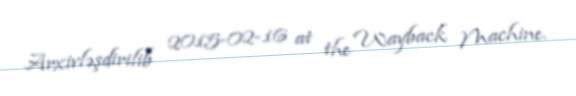
Arxivləşdirilib 2015-02-16 at the Wayback Machine.